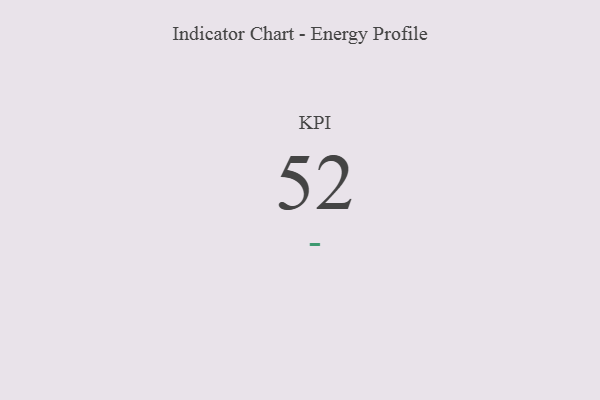
{"axis": {"x": "KPI", "y": "Value"}, "legend": [""], "data": [{"x": "KPI", "y": 52, "type": ""}]}